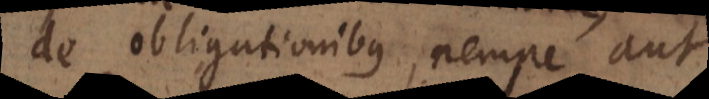
de obligationibus, nempe aut